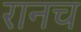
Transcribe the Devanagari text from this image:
रानच